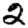
Digit: 2